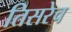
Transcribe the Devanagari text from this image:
तिसरेच